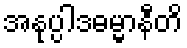
အနုပ္ပါဒဓမ္မာနီတိ